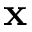
\textbf { x }